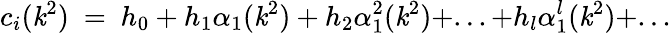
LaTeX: c_{i}(\mathit{k}^{2})~=~h_{0}+h_{1}\alpha_{1}(\mathit{k}^{2})+h_{2}\alpha_{1}^{2}(\mathit{k}^{2})+...+h_{l}\alpha_{1}^{l}(\mathit{k}^{2})+...